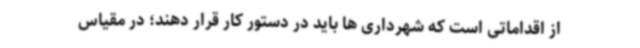
از اقداماتی است که شهرداری ها باید در دستور کار قرار دهند؛ در مقیاس